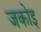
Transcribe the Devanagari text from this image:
जकोइ